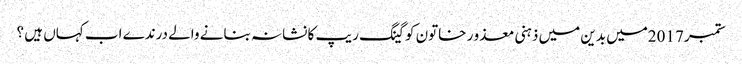
ستمبر 2017میں بدین میں ذہنی معذو ر خاتون کو گینگ ریپ کا نشانہ بنانے والے درندے اب کہاں ہیں ؟